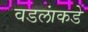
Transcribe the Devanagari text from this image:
वडलांकडे